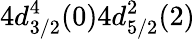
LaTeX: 4d_{3/2}^{4}(0)4d_{5/2}^{2}(2)